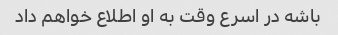
باشه در اسرع وقت به او اطلاع خواهم داد